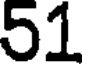
51